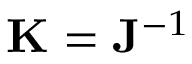
{ \bf K } = { \bf J } ^ { - 1 }